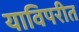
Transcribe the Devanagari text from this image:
याविपरीत